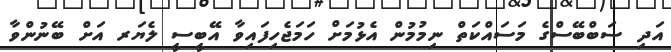
އަދި ސަބްބޭސްގެ މަސައްކަތް ނިމުމުން އެޅުމަށް ހަމަޖެހިފައިވާ އޭބީސީ ލެޔަރ އަށް ބޭނުންވާ